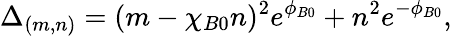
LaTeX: \Delta_{(m,n)}=(m-\chi_{B0}n)^{2}e^{\phi_{B0}}+n^{2}e^{-\phi_{B0}},